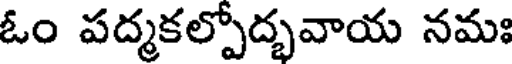
ఓం పద్మకల్పోద్భవాయ నమః